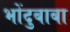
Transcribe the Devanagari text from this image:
भोंदुबाबा